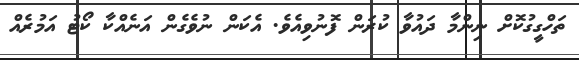
ތަހްގީގުކޮށް ނިންމާ ދައުވާ ކުރަން ފޮނުވިއެވެ. އެކަން ނުވެގެން އަނެއްކާ ކޯޓު އަމުރެއް